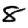
Digit: 8